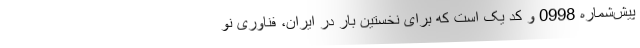
پیش‌شماره 0998 و کد یک است که برای نخستین بار در ایران، فناوری نو